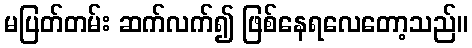
မပြတ်တမ်း ဆက်လက်၍ ဖြစ်နေရလေတော့သည်။